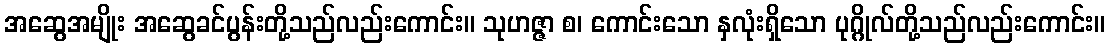
အဆွေအမျိုး အဆွေခင်ပွန်းတို့သည်လည်းကောင်း။ သုဟဇ္ဇာ စ၊ ကောင်းသော နှလုံးရှိသော ပုဂ္ဂိုလ်တို့သည်လည်းကောင်း။